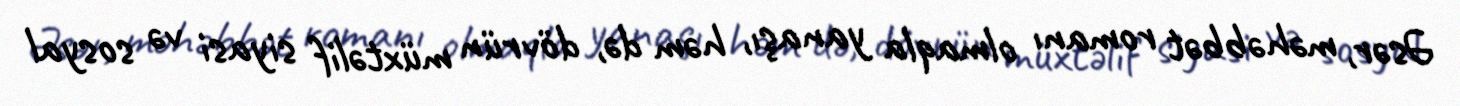
Əsər, məhəbbət romanı olmaqla yanaşı, həm də, dövrün müxtəlif siyasi və sosyal